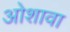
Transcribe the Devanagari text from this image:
ओशावा